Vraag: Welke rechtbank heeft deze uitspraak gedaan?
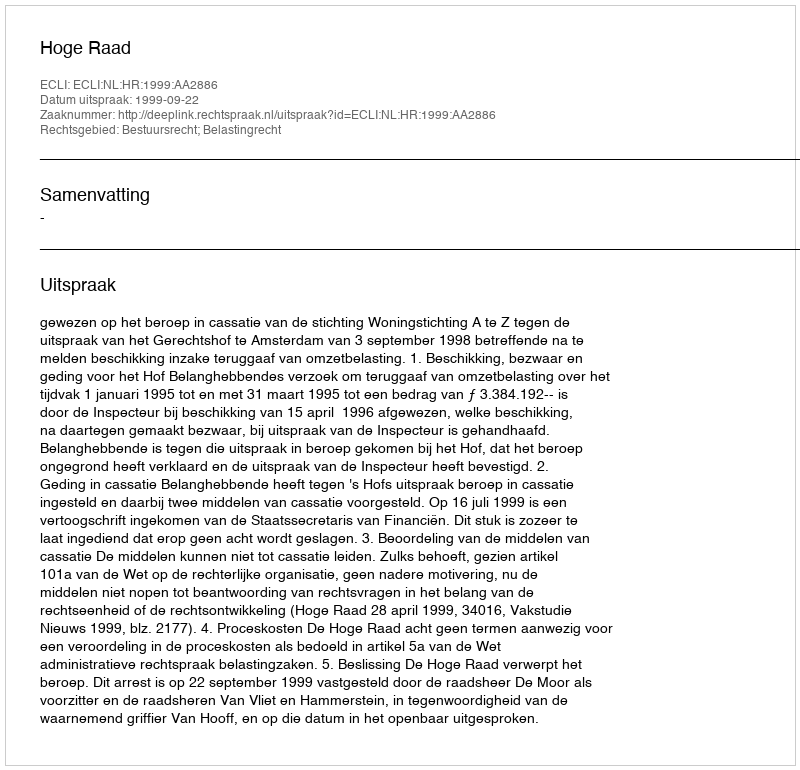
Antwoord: Hoge Raad